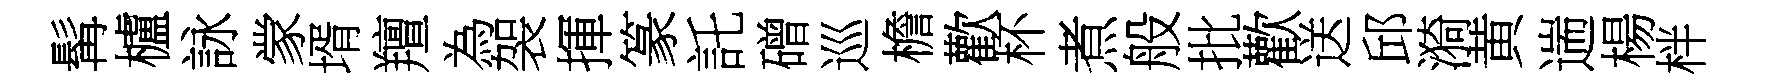
髯櫨詠䝉壻羶為袈揮篆託磳巡檐歡杯煮般批歡送邱漪黄遄楊柈